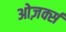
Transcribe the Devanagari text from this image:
ओज़र्क्स